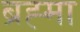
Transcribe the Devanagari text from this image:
ब्रह्‍मा